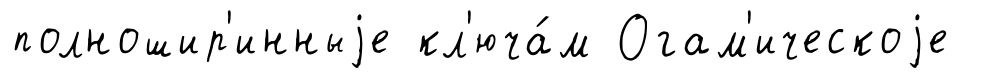
полношир'инныjе кл'юча́м Огам'ическоjе